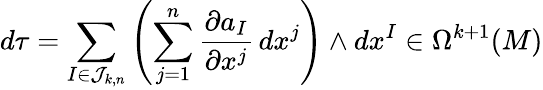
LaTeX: d\tau=\sum_{I\in{\mathcal{J}}_{k,n}}\left(\sum_{j=1}^{n}{\frac{\partial a_{I}}{\partial x^{j}}}\, dx^{j}\right)\wedge dx^{I}\in\Omega^{k+1}(M)